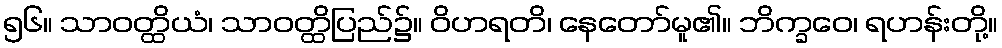
၅၆။ သာဝတ္ထိယံ၊ သာဝတ္ထိပြည်၌။ ဝိဟရတိ၊ နေတော်မူ၏။ ဘိက္ခဝေ၊ ရဟန်းတို့။